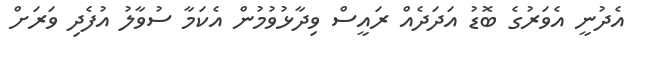
އެދުނީ އެވަރުގެ ބޮޑު އަދަދެއް ރައީސް ވިދާޅުވުމުން އެކަމާ ސުވާލު އުފެދި ވަރަށް